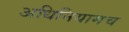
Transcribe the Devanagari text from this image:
अधिनियामच